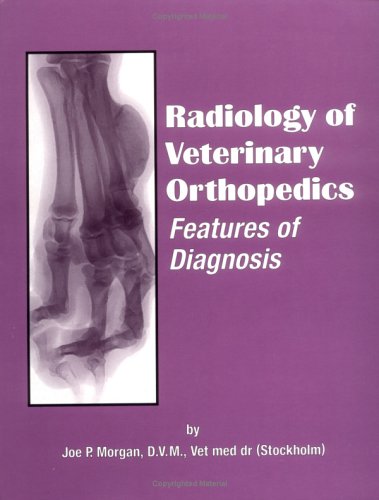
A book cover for Radiology of Veterinary Orthopedics: Features of Diagnosis; Joe P. Morgan; Medical Books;